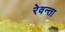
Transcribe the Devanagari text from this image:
रेवन्ता